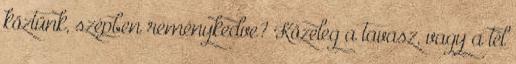
köztünk, szépben reménykedve? Közeleg a tavasz, vagy a tél